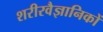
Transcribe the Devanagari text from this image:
शरीरवैज्ञानिकों